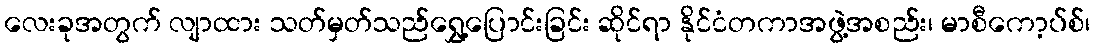
လေးခုအတွက် လျာထား သတ်မှတ်သည်ရွှေ့ပြောင်းခြင်း ဆိုင်ရာ နိုင်ငံတကာအဖွဲ့အစည်း၊ မာစီကော့ပ်စ်၊